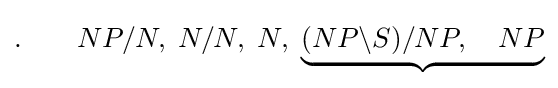
.\qquad NP/N,\;N/N,\;N,\;\underbrace {(NP\backslash S)/NP,\quad NP}